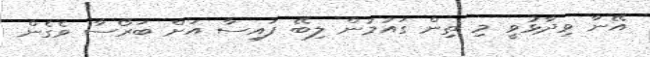
އޭނާ ވިދާޅުވީ މި ތިން ގައުމުން ލިބޭ ފައިސާ އަށް ބަރޯސާ ވެގެން